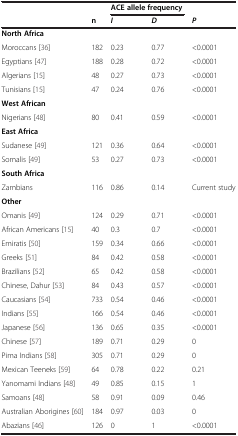
<table><thead><tr><td><b> </b></td><td><b> </b></td><td colspan="2"><b>ACE allele frequency</b></td><td><b> </b></td></tr><tr><td><b> </b></td><td><b>n</b></td><td><b><i>I</i></b></td><td><b><i>D</i></b></td><td><b><i>P</i></b></td></tr></thead><tbody><tr><td><b>North Africa</b></td><td> </td><td> </td><td> </td><td> </td></tr><tr><td>Moroccans [36]</td><td>182</td><td>0.23</td><td>0.77</td><td>&lt;0.0001</td></tr><tr><td>Egyptians [47]</td><td>188</td><td>0.28</td><td>0.72</td><td>&lt;0.0001</td></tr><tr><td>Algerians [15]</td><td>48</td><td>0.27</td><td>0.73</td><td>&lt;0.0001</td></tr><tr><td>Tunisians [15]</td><td>47</td><td>0.24</td><td>0.76</td><td>&lt;0.0001</td></tr><tr><td><b>West African</b></td><td> </td><td> </td><td> </td><td> </td></tr><tr><td>Nigerians [48]</td><td>80</td><td>0.41</td><td>0.59</td><td>&lt;0.0001</td></tr><tr><td><b>East Africa</b></td><td> </td><td> </td><td> </td><td> </td></tr><tr><td>Sudanese [49]</td><td>121</td><td>0.36</td><td>0.64</td><td>&lt;0.0001</td></tr><tr><td>Somalis [49]</td><td>53</td><td>0.27</td><td>0.73</td><td>&lt;0.0001</td></tr><tr><td><b>South Africa</b></td><td> </td><td> </td><td> </td><td> </td></tr><tr><td>Zambians</td><td>116</td><td>0.86</td><td>0.14</td><td>Current study</td></tr><tr><td><b>Other</b></td><td> </td><td> </td><td> </td><td> </td></tr><tr><td>Omanis [49]</td><td>124</td><td>0.29</td><td>0.71</td><td>&lt;0.0001</td></tr><tr><td>African Americans [15]</td><td>40</td><td>0.3</td><td>0.7</td><td>&lt;0.0001</td></tr><tr><td>Emiratis [50]</td><td>159</td><td>0.34</td><td>0.66</td><td>&lt;0.0001</td></tr><tr><td>Greeks [51]</td><td>84</td><td>0.42</td><td>0.58</td><td>&lt;0.0001</td></tr><tr><td>Brazilians [52]</td><td>65</td><td>0.42</td><td>0.58</td><td>&lt;0.0001</td></tr><tr><td>Chinese, Dahur [53]</td><td>84</td><td>0.43</td><td>0.57</td><td>&lt;0.0001</td></tr><tr><td>Caucasians [54]</td><td>733</td><td>0.54</td><td>0.46</td><td>&lt;0.0001</td></tr><tr><td>Indians [55]</td><td>166</td><td>0.54</td><td>0.46</td><td>&lt;0.0001</td></tr><tr><td>Japanese [56]</td><td>136</td><td>0.65</td><td>0.35</td><td>&lt;0.0001</td></tr><tr><td>Chinese [57]</td><td>189</td><td>0.71</td><td>0.29</td><td>0</td></tr><tr><td>Pima Indians [58]</td><td>305</td><td>0.71</td><td>0.29</td><td>0</td></tr><tr><td>Mexican Teeneks [59]</td><td>64</td><td>0.78</td><td>0.22</td><td>0.21</td></tr><tr><td>Yanomami Indians [48]</td><td>49</td><td>0.85</td><td>0.15</td><td>1</td></tr><tr><td>Samoans [48]</td><td>58</td><td>0.91</td><td>0.09</td><td>0.46</td></tr><tr><td>Australian Aborigines [60]</td><td>184</td><td>0.97</td><td>0.03</td><td>0</td></tr><tr><td>Abazians [46]</td><td>126</td><td>0</td><td>1</td><td>&lt;0.0001</td></tr></tbody></table>